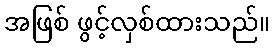
အဖြစ် ဖွင့်လှစ်ထားသည်။